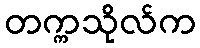
တက္ကသိုလ်က